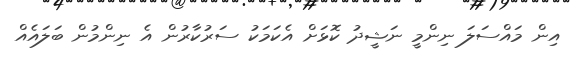
އިން މައްސަލަ ނިންމީ ނަޝީދު ކޮޅަށް އެކަމަކު ސަރުކާރުން އެ ނިންމުން ބަލައެއް